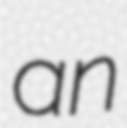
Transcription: an